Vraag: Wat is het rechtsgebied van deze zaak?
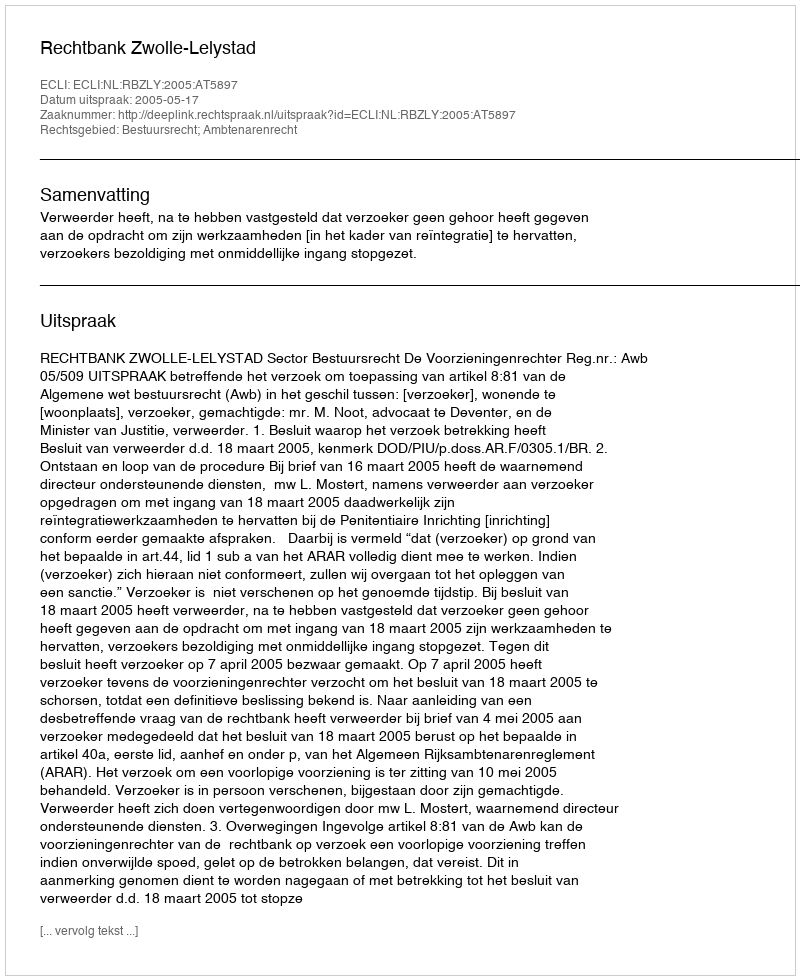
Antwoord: Bestuursrecht; Ambtenarenrecht